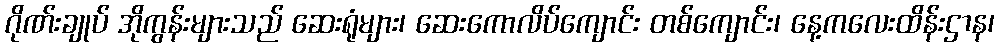
ဂိုဏ်းချုပ် အိုကွန်းများသည် ဆေးရုံများ၊ ဆေးကောလိပ်ကျောင်း တစ်ကျောင်း၊ နေ့ကလေးထိန်းဌာန၊